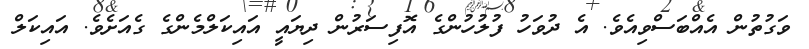
ވަގުތުން އެއްބަސްވިއެވެ. އެ ދުވަހު ފުލުހުންގެ އޮފިސަރުން ދިޔައީ އައިކަލްމެންގެ ގެއަށެވެ. އައިކަލް